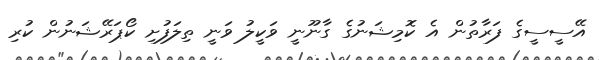
އޭސީސީގެ ފަރާތުން އެ ކޮމިޝަނުގެ ގާނޫނީ ވަކީލު ވަނީ ތިލަފުށި ކޯޕަރޭޝަނުން ކުރި